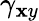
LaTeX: \gamma_{\mathbf{x}y}